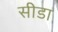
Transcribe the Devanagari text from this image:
सीडा